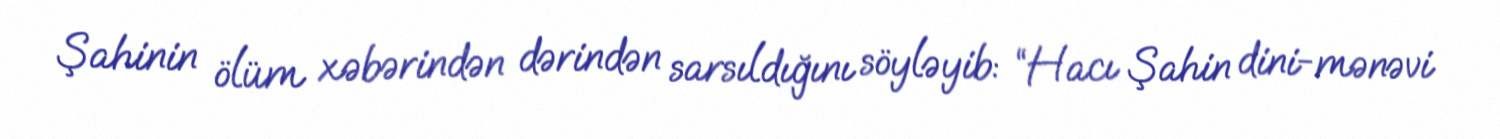
Şahinin ölüm xəbərindən dərindən sarsıldığını söyləyib: “Hacı Şahin dini-mənəvi